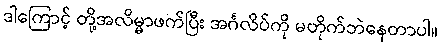
ဒါကြောင့် တို့အလိမ္မာဖက်ပြီး အင်္ဂလိပ်ကို မတိုက်ဘဲနေတာပါ။